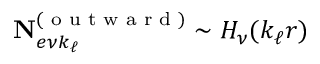
\mathbf { N } _ { e \nu k _ { \ell } } ^ { ( \textrm { o u t w a r d } ) } \sim H _ { \nu } ( k _ { \ell } r )